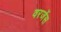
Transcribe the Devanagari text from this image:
वरजेंस